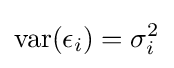
\mathrm {var} (\epsilon _{i})=\sigma _{i}^{2}